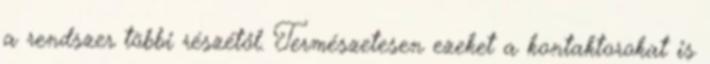
a rendszer többi részétől. Természetesen ezeket a kontaktorokat is